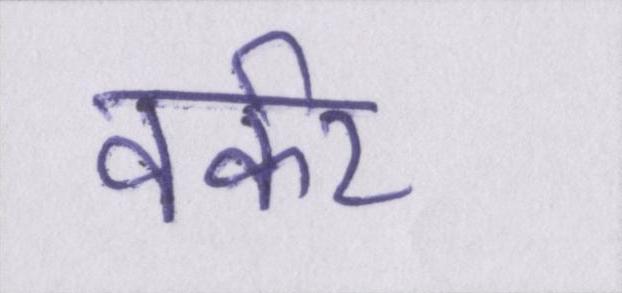
वर्कर